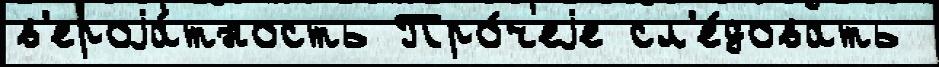
в'ероjа́тность Про́чеjе сл'е́довать